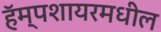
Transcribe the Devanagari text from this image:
हॅम्पशायरमधील